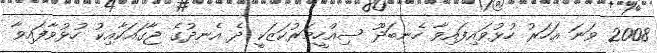
2008 ވަނަ އަހަރު ހުޅުވައިފައިވާ ހެނބަދޫ ސިއްހީމަރުކަޒަކީ ދެ އެނދުގެ ޖާގައަކާއިކު ހުޅުވާފައިވާ